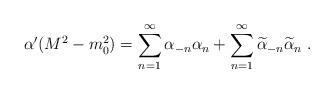
LaTeX: \begin{align*}\alpha ^{\prime }(M^2-m_0^2)=\sum_{n=1}^\infty \alpha_{-n}\alpha _n+\sum_{n=1}^\infty \widetilde{\alpha }_{-n}\widetilde{\alpha }_n\ .\end{align*}